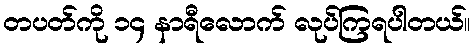
တပတ်ကို ၁၄ နာရီလောက် လုပ်ကြရပါတယ်။